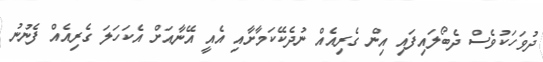
ދުވަހަކުވެސް ދެބޯލައިފައި އިން ގެރިއެއް ނުދެކޭކަމާށާއި އެއީ އޭނާއަށް އެކަހަލަ ގެރިއެއް ފެނުނު